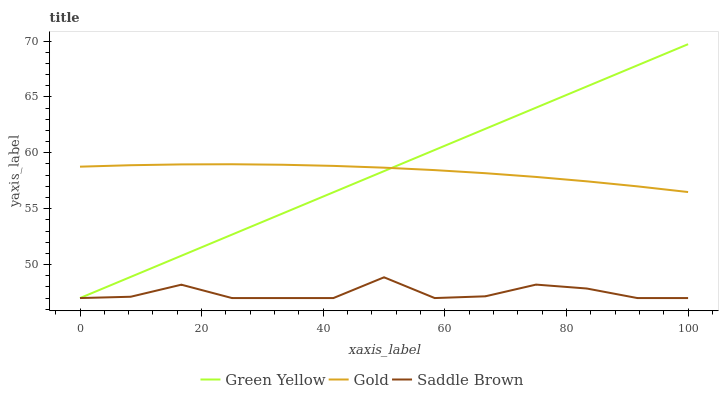
| xaxis_label | Green Yellow | Gold | Saddle Brown |
 | --- | --- | --- | --- |
 | 0 | 47 | 58.8 | 47 |
 | 8.33 | 48.9 | 58.9 | 47.1 |
 | 16.7 | 50.8 | 59 | 48.2 |
 | 25 | 52.7 | 59 | 47 |
 | 33.3 | 54.6 | 58.9 | 47 |
 | 41.7 | 56.5 | 58.8 | 47 |
 | 50 | 58.4 | 58.7 | 48.9 |
 | 58.3 | 60.3 | 58.5 | 47 |
 | 66.7 | 62.1 | 58.2 | 47.2 |
 | 75 | 64 | 57.8 | 48.2 |
 | 83.3 | 65.9 | 57.4 | 47.9 |
 | 91.7 | 67.8 | 57 | 47 |
 | 100 | 69.7 | 56.5 | 47 |